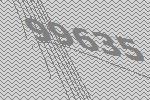
99635